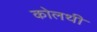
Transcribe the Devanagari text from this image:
कोलथी